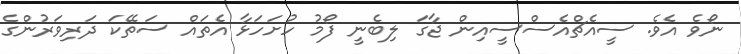
ނޯވެ އެވެ. ސީއެޗްއެސްސީއިން ޖާގަ ލިބެނީ ފޯމު ހުށަހަޅާ އެތައް ސަތޭކަ ދަރިވަރުންގެ